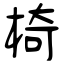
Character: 椅